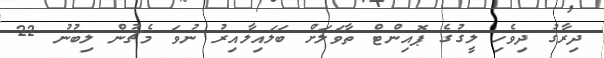
ދިރާގު ދިވެހި ލީގުގެ ޕޮއިންޓް ތާވަލަށް ބަލައިލާއިރު ނުވަ މެޗުން ލިބުނު 22